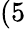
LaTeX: (5